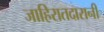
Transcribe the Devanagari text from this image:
जाहिरातदारानी